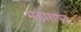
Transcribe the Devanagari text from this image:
महाराषट्र